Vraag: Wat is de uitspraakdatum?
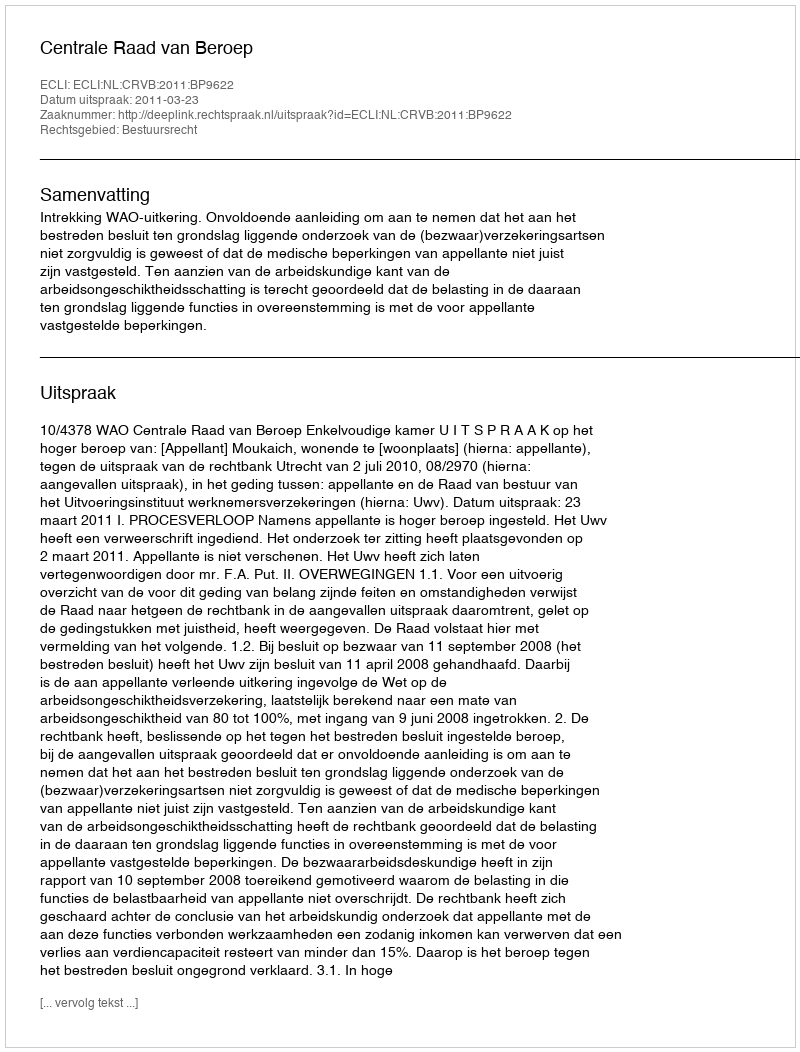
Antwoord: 2011-03-23